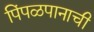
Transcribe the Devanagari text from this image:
पिंपळपानाची